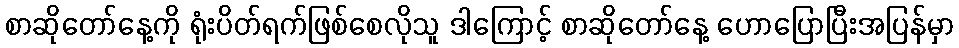
စာဆိုတော်နေ့ကို ရုံးပိတ်ရက်ဖြစ်စေလိုသူ ဒါကြောင့် စာဆိုတော်နေ့ ဟောပြောပြီးအပြန်မှာ